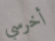
أخرسي